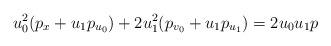
LaTeX: \begin{align*} u_0^2(p_x+u_1p_{u_0})+2u_1^2(p_{v_0}+u_1p_{u_1})=2u_0u_1p \end{align*}